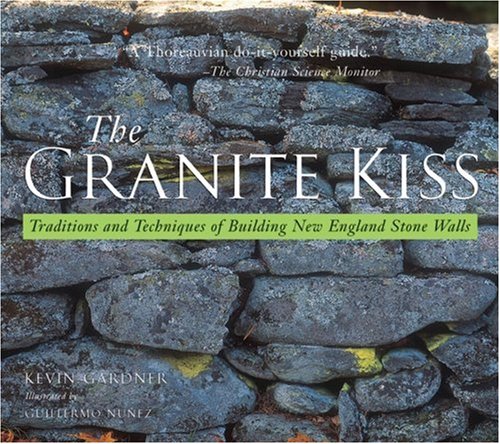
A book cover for The Granite Kiss: Traditions and Techniques of Building New England Stone Walls; Kevin Gardner; Crafts, Hobbies & Home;